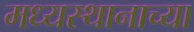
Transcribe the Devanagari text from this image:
मध्यस्थानाच्या